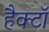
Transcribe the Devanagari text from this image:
हैक्टॉ